Vaccination report Assam 1896-1927 - 1896-1927
Year: 1896
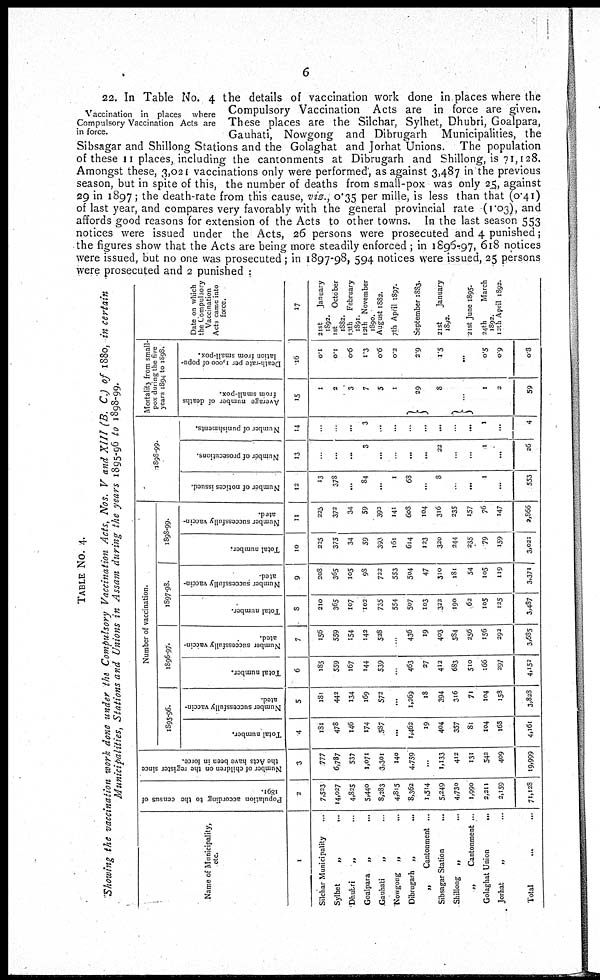
6
Vaccination in places where
Compulsory Vaccination Acts are
in force.
22. In Table No. 4 the details of vaccination work done in places where the
Compulsory Vaccination Acts are in force are given.
These places are the Silchar, Sylhet, Dhubri, Goalpara,
Gauhati, Nowgong and Dibrugarh Municipalities, the
Sibsagar and Shillong Stations and the Golaghat and Jorhat Unions. The population
of these 11 places, including the cantonments at Dibrugarh and Shillong, is 71,128.
Amongst these, 3,021 vaccinations only were performed, as against 3,487 in the previous
season, but in spite of this, the number of deaths from small-pox was only 25, against
29 in 1897; the death-rate from this cause, viz., 0.35 per mille, is less than that (0.41)
of last year, and compares very favorably with the general provincial rate (1.03), and
affords good reasons for extension of the Acts to other towns. In the last season 553
notices were issued under the Acts, 26 persons were prosecuted and 4 punished;
the figures show that the Acts are being more steadily enforced ; in 1896-97, 618 notices
were issued, but no one was prosecuted; in 1897-98, 594 notices were issued, 25 persons
were prosecuted and 2 punished :
TABLE No. 4.
Showing the vaccination work done under the Compulsory Vaccination Acts, Nos. V and XIII (B. C.) of 1880, in certain
Municipalities, Stations and Unions in Assam during the years 1895-96 to 1898-99.
Name of Municipality,
etc.
1
Silchar Municipality ...
Sylhet
„
...
Dhubri
„ ...
Goalpara
„ ...
Gauhati
„ ...
Nowgong
„ ...
Dibrugarh „ ...
„
Cantonment ...
Sibsagar Station
...
Shillong
„ ...
„
Cantonment ...
Golaghat Union
...
Jorhat
„ ...
Total ... ...
Population according to the census of
1891.
2
7,523
14,027
4,825
5,440
8,283
4,815
8,362
1,514
5,249
4,730
1,990
2,211
2,159
71,128
Number of children on the register since
the Acts have been in force.
3
777
6,787
537
1,071
3,301
140
4,759
...
1,133
412
131
542
409
19,999
Number of vaccination.
1895-96.
Total number.
4
181
478
146
174
587
...
1,462
19
404
357
81
104
168
4,161
Number successfully vaccin-
ated.
5
181
442
134
169
572
...
1,269
18
394
316
71
104
158
3,828
1896-97.
Total number.
6
185
559
167
144
539
...
463
27
412
683
510
166
297
4,152
Number successfully vaccin-
ated.
7
156
559
154
142
528
...
436
19
403
584
256
156
292
3,685
1897-98.
Total number.
8
210
365
107
102
735
554
507
103
322
190
62
105
125
3,487
Number successfully vaccin-
ated.
9
208
365
105
98
722
553
504
47
310
181
54
105
119
3,371
1898-99.
Total number.
10
225
375
34
59
393
161
614
123
320
244
235
79
159
3,021
Number successfully vaccin-
ated.
11
225
372
34
59
392
141
608
104
316
235
157
76
147
2,866
1898-99.
Number of notices issued.
12
13
378
...
84
...
1
68
...
8
...
...
1
...
553
Number
of prosecutions.
13
...
...
...
3
...
...
...
...
22
...
...
1
...
26
Number of punishments.
14
...
...
...
3
...
...
...
...
...
...
...
1
...
4
Mortality from small-
pox during the five
years 1894 to 1898.
Average number of deaths
from small-pox.
15
1
2
3
7
5
1
29
8
...
1
2
59
Death-rate per 1,000 of popu-
lation from small-pox.
16
0.1
0.1
0.6
1.3
0.6
0.2
2.9
1.5
...
0.5
0.9
0.8
Date on which
the Compulsory
Vaccination
Acts came into
force.
17
21st
January
1892.
1st
October
1882.
13th
February
1891.
12th November
1890.
August 1882.
7th April 1897.
September 1883.
21st
January
1892.
21st June 1895.
24th
March
1892.
12th April 1892.